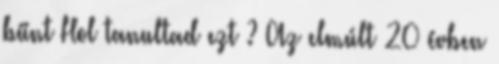
bűnt Hol tanultad ezt ? Az elmúlt 20 évben